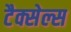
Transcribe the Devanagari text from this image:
टैक्सेल्स